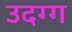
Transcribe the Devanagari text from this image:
उदग्ग